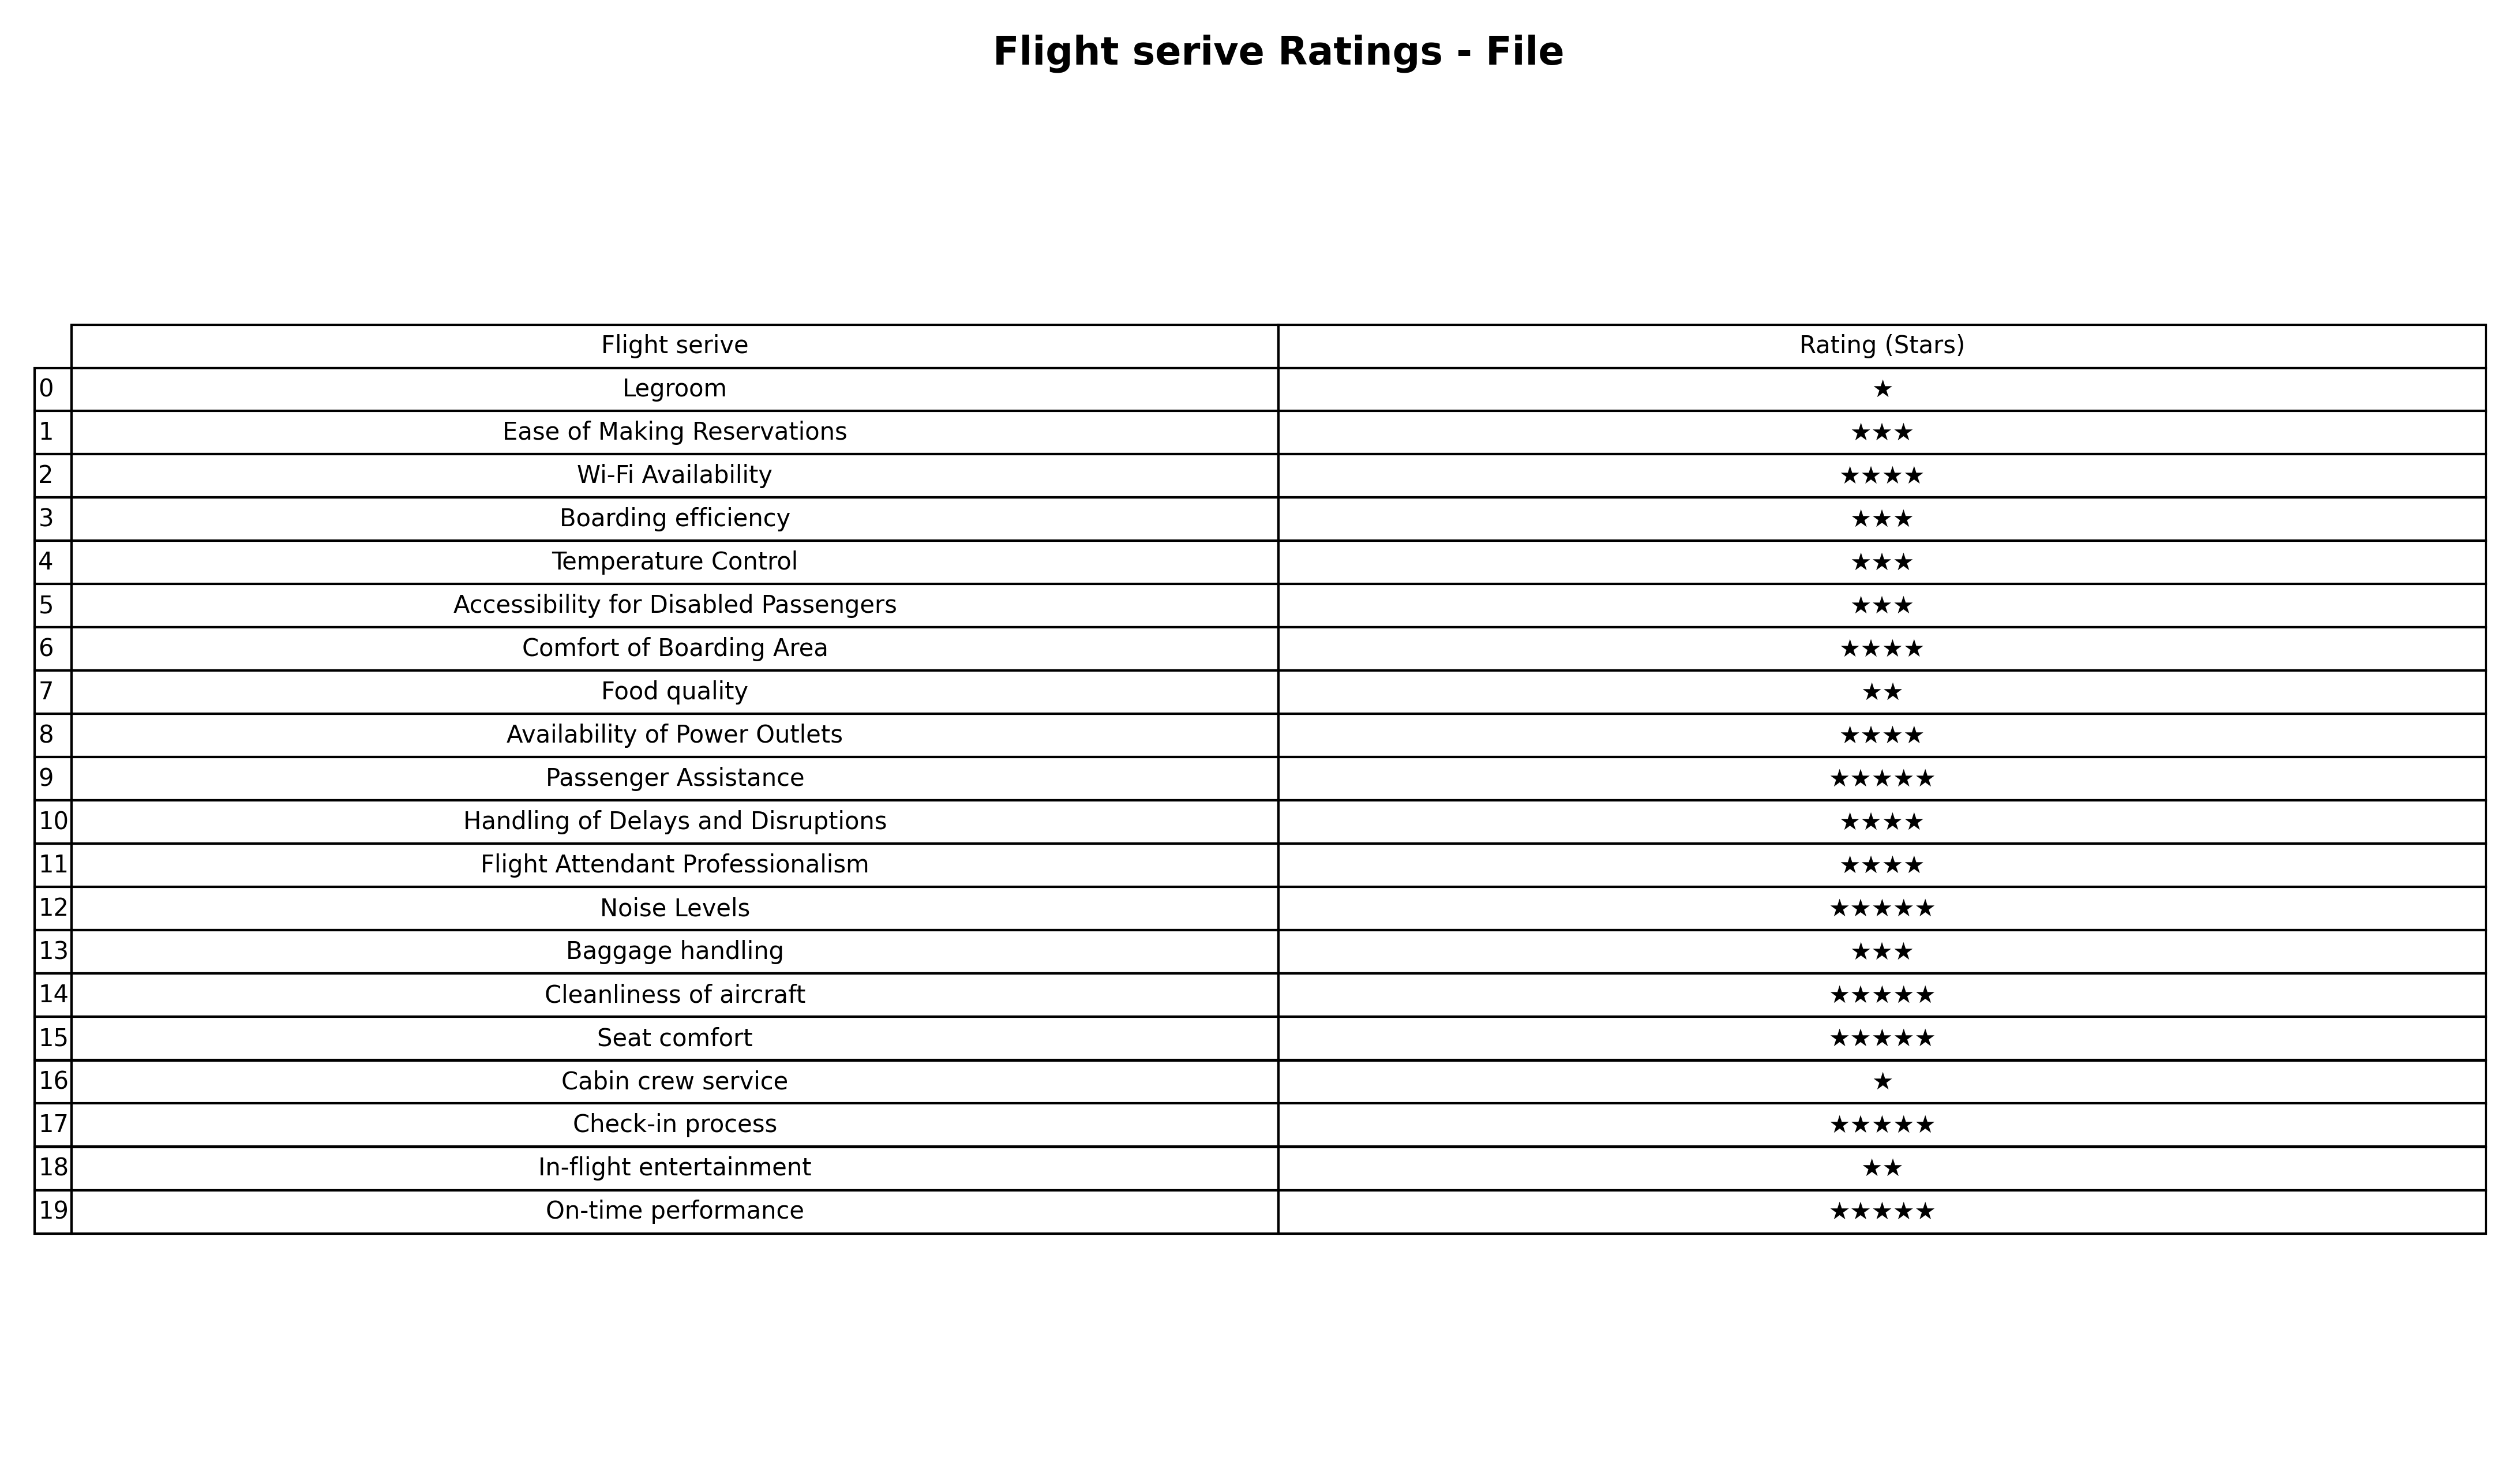
question: What is the rating of Legroom?
answer: ★